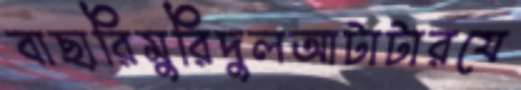
বাছারিমুরিদুলআটাটারযে